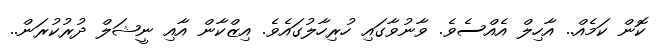
ކޮން ކަމެއް.. އާހިލް އެއްސެވެ. ވާނުވާގައި ހުރިހާލުގައެވެ. އިޒްކާން އާއި ނީޝަލް ދުރުކުރަން..